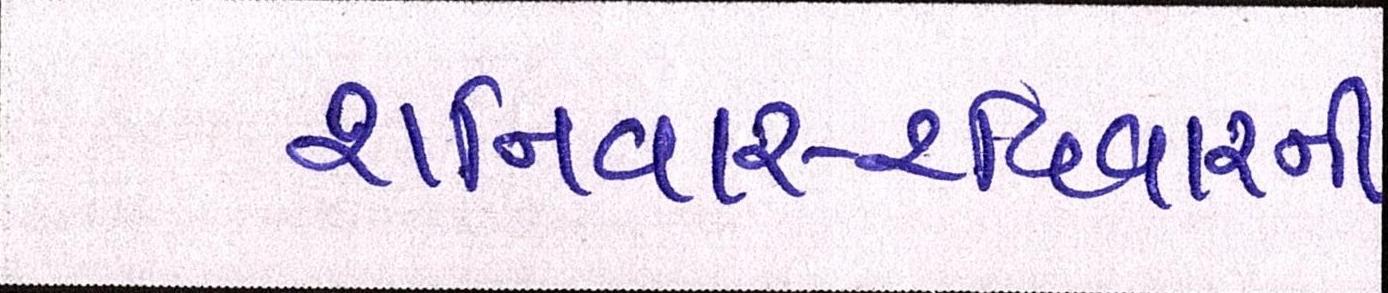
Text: શનિવાર-રવિવારની